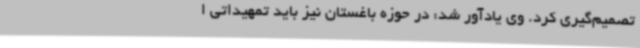
تصمیم‌گیری کرد. وی یادآور شد: در حوزه باغستان نیز باید تمهیداتی ا